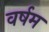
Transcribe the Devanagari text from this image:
वर्षम